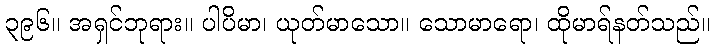
၃၉၆။ အရှင်ဘုရား။ ပါပိမာ၊ ယုတ်မာသော။ သောမာရော၊ ထိုမာရ်နတ်သည်။